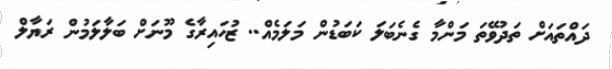
ދައްތައަށް ތަދުވޭތަ މަންމާ ގެނެބަލަ ކަބަޑުން މަލަމެއް.. ޒުހައިރާގެ މޫނަށް ބަލާލަމުން ރަޔާލް